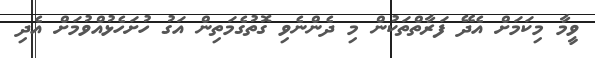
ވީމާ މިކަމަށް އެދޭ ފަރާތްތަކުން މި ދެންނެވި ގޮތުގެމަތިން އަގު ހުށަހެޅުއްވުމަށް އެދި